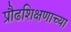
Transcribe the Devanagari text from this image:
प्रौढशिक्षणाच्या